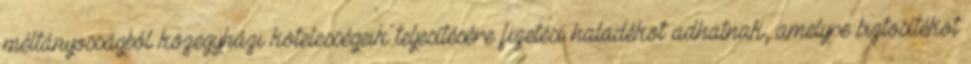
méltányosságból közegyházi kötelességeik teljesítésére fizetési haladékot adhatnak, amelyre biztosítékot